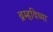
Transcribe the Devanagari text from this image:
ब्रम्हविध्या